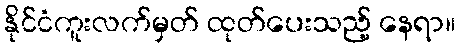
နိုင်ငံကူးလက်မှတ် ထုတ်ပေးသည့် နေရာ။